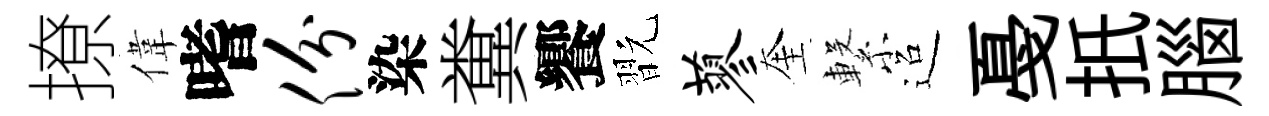
撩偉嗜份染糞饗翫蓼奎繋迢戞扺腦